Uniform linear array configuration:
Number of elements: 24
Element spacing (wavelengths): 0.5
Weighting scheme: kaiser
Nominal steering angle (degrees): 60
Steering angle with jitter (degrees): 61.955
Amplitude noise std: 0.05
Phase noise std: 0.05

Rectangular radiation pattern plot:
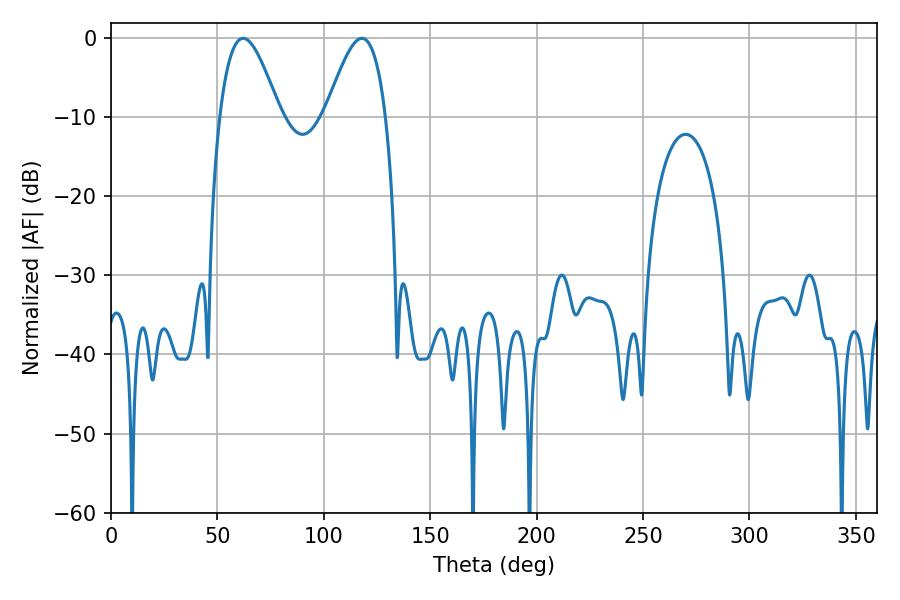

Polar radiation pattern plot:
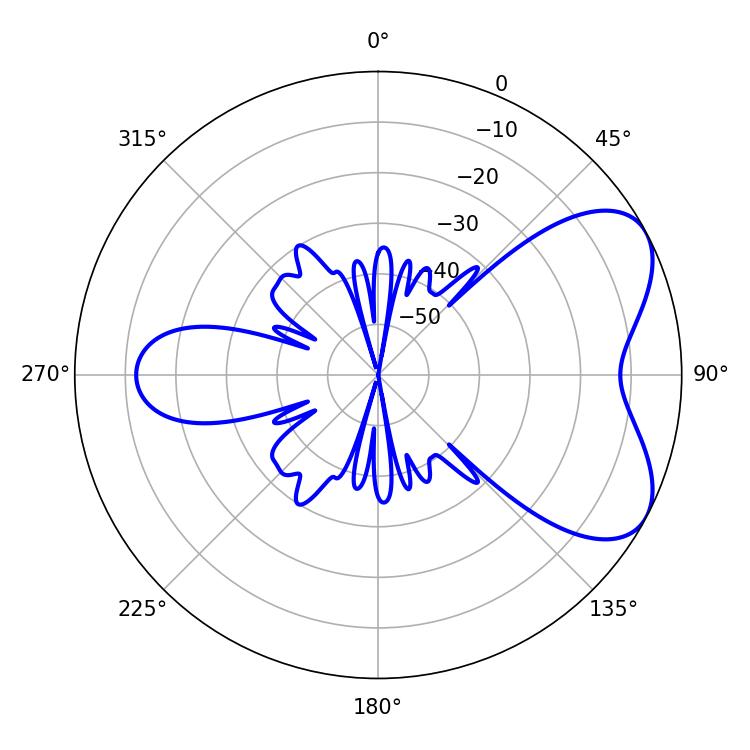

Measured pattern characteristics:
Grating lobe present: FALSE
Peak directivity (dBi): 5.884
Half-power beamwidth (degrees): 15.3
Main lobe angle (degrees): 62.1